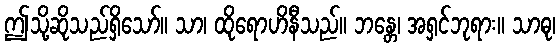
ဤသို့ဆိုသည်ရှိသော်။ သာ၊ ထိုရောဟိနီသည်။ ဘန္တေ၊ အရှင်ဘုရား။ သာဓု၊